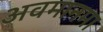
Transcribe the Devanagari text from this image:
अवमानमा